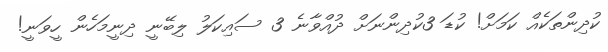
ކުދިންތަކެއް ކަމަށް! ކުޑަ 3ކުދިންނަށް ދުއްވާނެ 3 ސައިކަލު ލިބޭނީ ދިނީމަހެން ހީވަނީ!